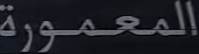
المعمورة